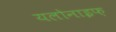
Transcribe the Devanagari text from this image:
यलोनाइफ़